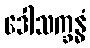
ဒေါသက္ခန္ဓံ